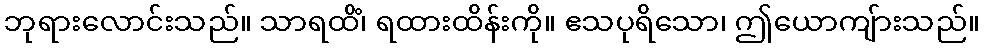
ဘုရားလောင်းသည်။ သာရထိံ၊ ရထားထိန်းကို။ ဧသပုရိသော၊ ဤယောကျ်ားသည်။